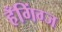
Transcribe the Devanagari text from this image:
हँगिंग्ज